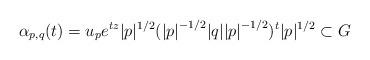
LaTeX: \begin{align*} \alpha_{p,q}(t)=u_pe^{tz}\vert p\vert^{1/2}({\vert p\vert}^{-1/2}\vert q\vert {\vert p\vert}^{-1/2})^t\vert p\vert^{1/2}\subset G\end{align*}